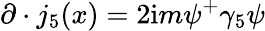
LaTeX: \partial\cdot j_{5}(x)=2\mathrm{i}m\psi^{+}\gamma_{5}\psi